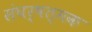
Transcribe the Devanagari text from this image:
संघर्षत्मक